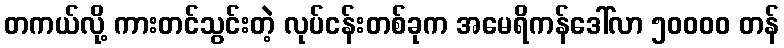
တကယ်လို့ ကားတင်သွင်းတဲ့ လုပ်ငန်းတစ်ခုက အမေရိကန်ဒေါ်လာ ၅၀၀၀၀ တန်